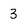
Character: 3